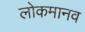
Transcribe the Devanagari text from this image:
लोकमानव